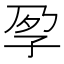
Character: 𡥗